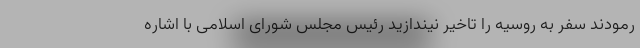
رمودند سفر به روسیه را تاخیر نیندازید رئیس مجلس شورای اسلامی با اشاره